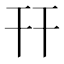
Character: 幵